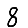
Digit: 8